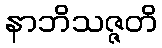
နာဘိသဇ္ဇတိ